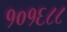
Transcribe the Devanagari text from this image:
१०१६८८